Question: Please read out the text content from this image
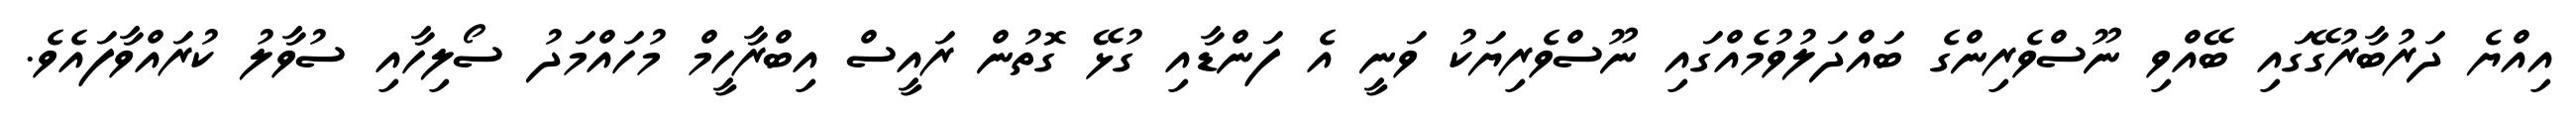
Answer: އިއްޔެ ދަރުބާރުގޭގައި ބޭއްވި ނޫސްވެރިންގެ ބައްދަލުވުމެއްގައި ނޫސްވެރިޔަކު ވަނީ އެ ފަންޑާއި ގުޅޭ ގޮތުން ރައީސް އިބްރާހީމް މުހައްމަދު ސޯލިހާއި ސުވާލު ކުރައްވާފައެވެ.